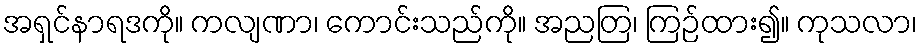
အရှင်နာရဒကို။ ကလျဏာ၊ ကောင်းသည်ကို။ အညတြ၊ ကြဉ်ထား၍။ ကုသလာ၊